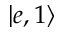
| e , 1 \rangle